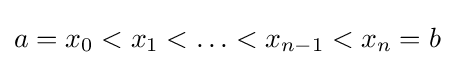
a=x_{0}<x_{1}<\ldots <x_{n-1}<x_{n}=b